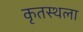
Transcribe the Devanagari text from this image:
कृतस्थला